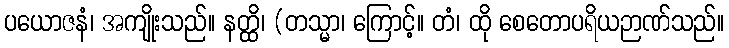
ပယောဇနံ၊ အကျိုးသည်။ နတ္ထိ၊ (တသ္မာ၊ ကြောင့်။ တံ၊ ထို စေတောပရိယဉာဏ်သည်။